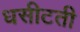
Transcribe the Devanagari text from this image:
धसीटती